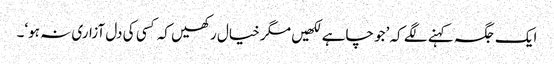
ایک جگہ کہنے لگے کہ ’جو چاہے لکھیں مگر خیال رکھیں کہ کسی کی دل آزاری نہ ہو‘۔